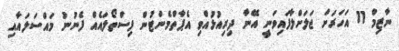
ނާޒިމް 11 އަހަރަށް ޖަލަށްލާފައިވަނީ އޭނާ ދިރިއުޅުއްވި އެޕާތްމެންޓުން ފިސްތޯލައެއް ފެނުނު މައްސަލައާއި